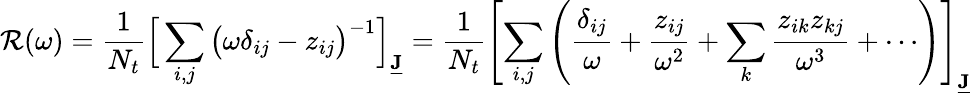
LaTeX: \mathcal{R}(\omega)=\frac{{1}}{{N_{t}}}\Big[\sum_{i,j}\big(\omega\delta_{ij}-z_{ij}\big)^{-1}\Big]_{\underline{{{\mathbf{{J}}}}}}=\frac{{1}}{{N_{t}}}\left[\sum_{i,j}\left(\frac{{\delta_{ij}}}{{\omega}}+\frac{{z_{ij}}}{{\omega^{2}}}+\sum_{k}\frac{{z_{ik}z_{kj}}}{{\omega^{3}}}+\cdots\right)\right]_{\underline{{{\mathbf{{J}}}}}}